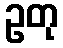
ဥတု